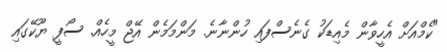
"ކެމްއަށް އެހީވާން މެއިޑަކު ގެނެސްފައި ހުންނާނެ. މަންމަމެން އޭޖް މީހެއް. ސޯފީ ޔޫކޭގައި